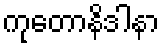
ကုတောနိဒါနာ